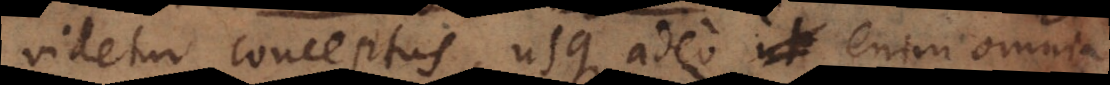
videtur conceptus, usque adeo ut enim omnia